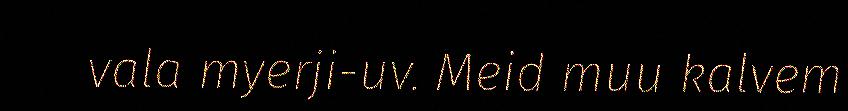
vala myerji-uv. Meid muu kalvem